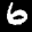
Label: 6